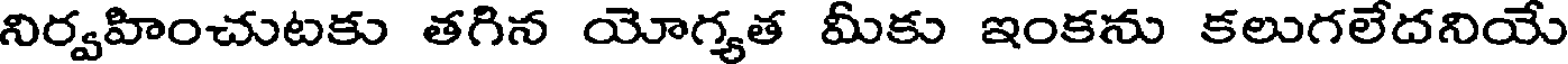
నిర్వహించుటకు తగిన యోగ్యత మీకు ఇంకను కలుగలేదనియే